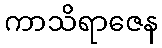
ကာသိရာဇေန